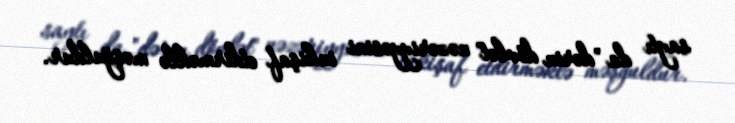
saytı da "dərin dövlət" nəzəriyyəsini inkişaf etdirməklə məşğuldur.